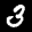
Label: 3